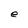
Character: e